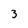
Character: 3